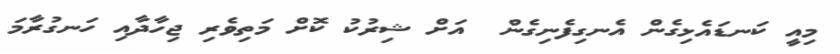
މިއީ ކަނޑައެޅިގެން އެނގިފެނިގެން  އަށް ޝިރުކު ކޮށް މަތިވެރި ޖިހާދާއި ހަނގުރާމަ